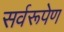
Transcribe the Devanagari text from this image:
सर्वरूपेण